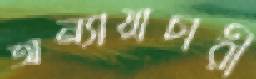
অন্যায়াচারী